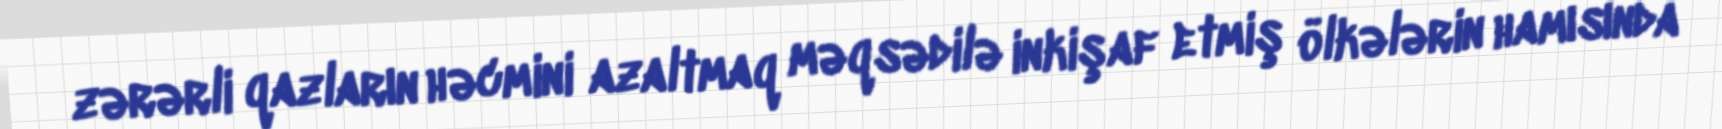
zərərli qazların həcmini azaltmaq məqsədilə inkişaf etmiş ölkələrin hamısında